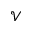
\mathcal { V }